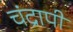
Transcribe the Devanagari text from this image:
चंद्रापी